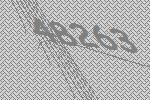
48263